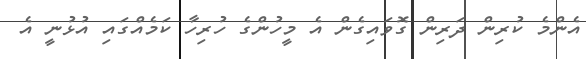
އެންމެ ކުރިން ދަރިން ގޮވައިގެން އެ މީހުންގެ ހުރިހާ ކަމެއްގައި އުޅުނީ އެ